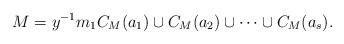
LaTeX: \begin{align*}M=y^{-1}m_1C_M(a_1)\cup C_M(a_2)\cup \dots \cup C_M(a_s).\end{align*}